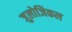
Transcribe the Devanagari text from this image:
जुलोजिकल